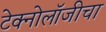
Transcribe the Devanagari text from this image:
टेक्नोलॉजीचा